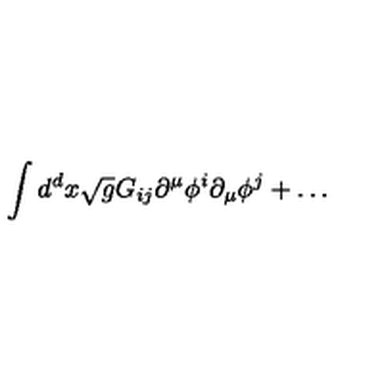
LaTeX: \int d ^ { d } x \sqrt { g } G _ { i j } \partial ^ { \mu } \phi ^ { i } \partial _ { \mu } \phi ^ { j } + \ldots